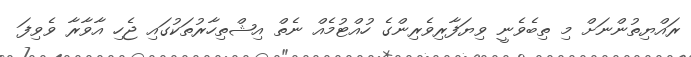
ރައްޔިތުންނަށް މި ތިބެވެނީ ވިޔަފާރިވެރިންގެ ހުއްޓުމެއް ނެތް އިޝްތިހާރުތަކުގައި ޖެހި އާވާރާ ވެވިފަ